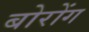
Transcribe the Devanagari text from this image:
बोरोंग